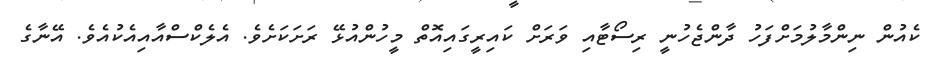
ކެއުން ނިންމާލުމަށްފަހު ދާންޖެހުނީ ރިސޯޓާއި ވަރަށް ކައިރީގައިއޮތް މީހުންއުޅޭ ރަށަކަށެވެ. އެލެކްސްއާއިއެކުއެވެ. އޭނާގެ